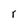
Character: r